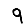
Digit: 9